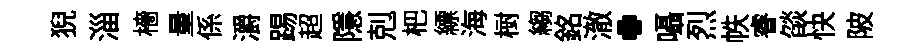
猊淄檣量係灂踢超隱剋杷縹海𣗳縐銘澈·囁烈帙睿燄快陂